Voisiku_vallavalitsus, lk 137
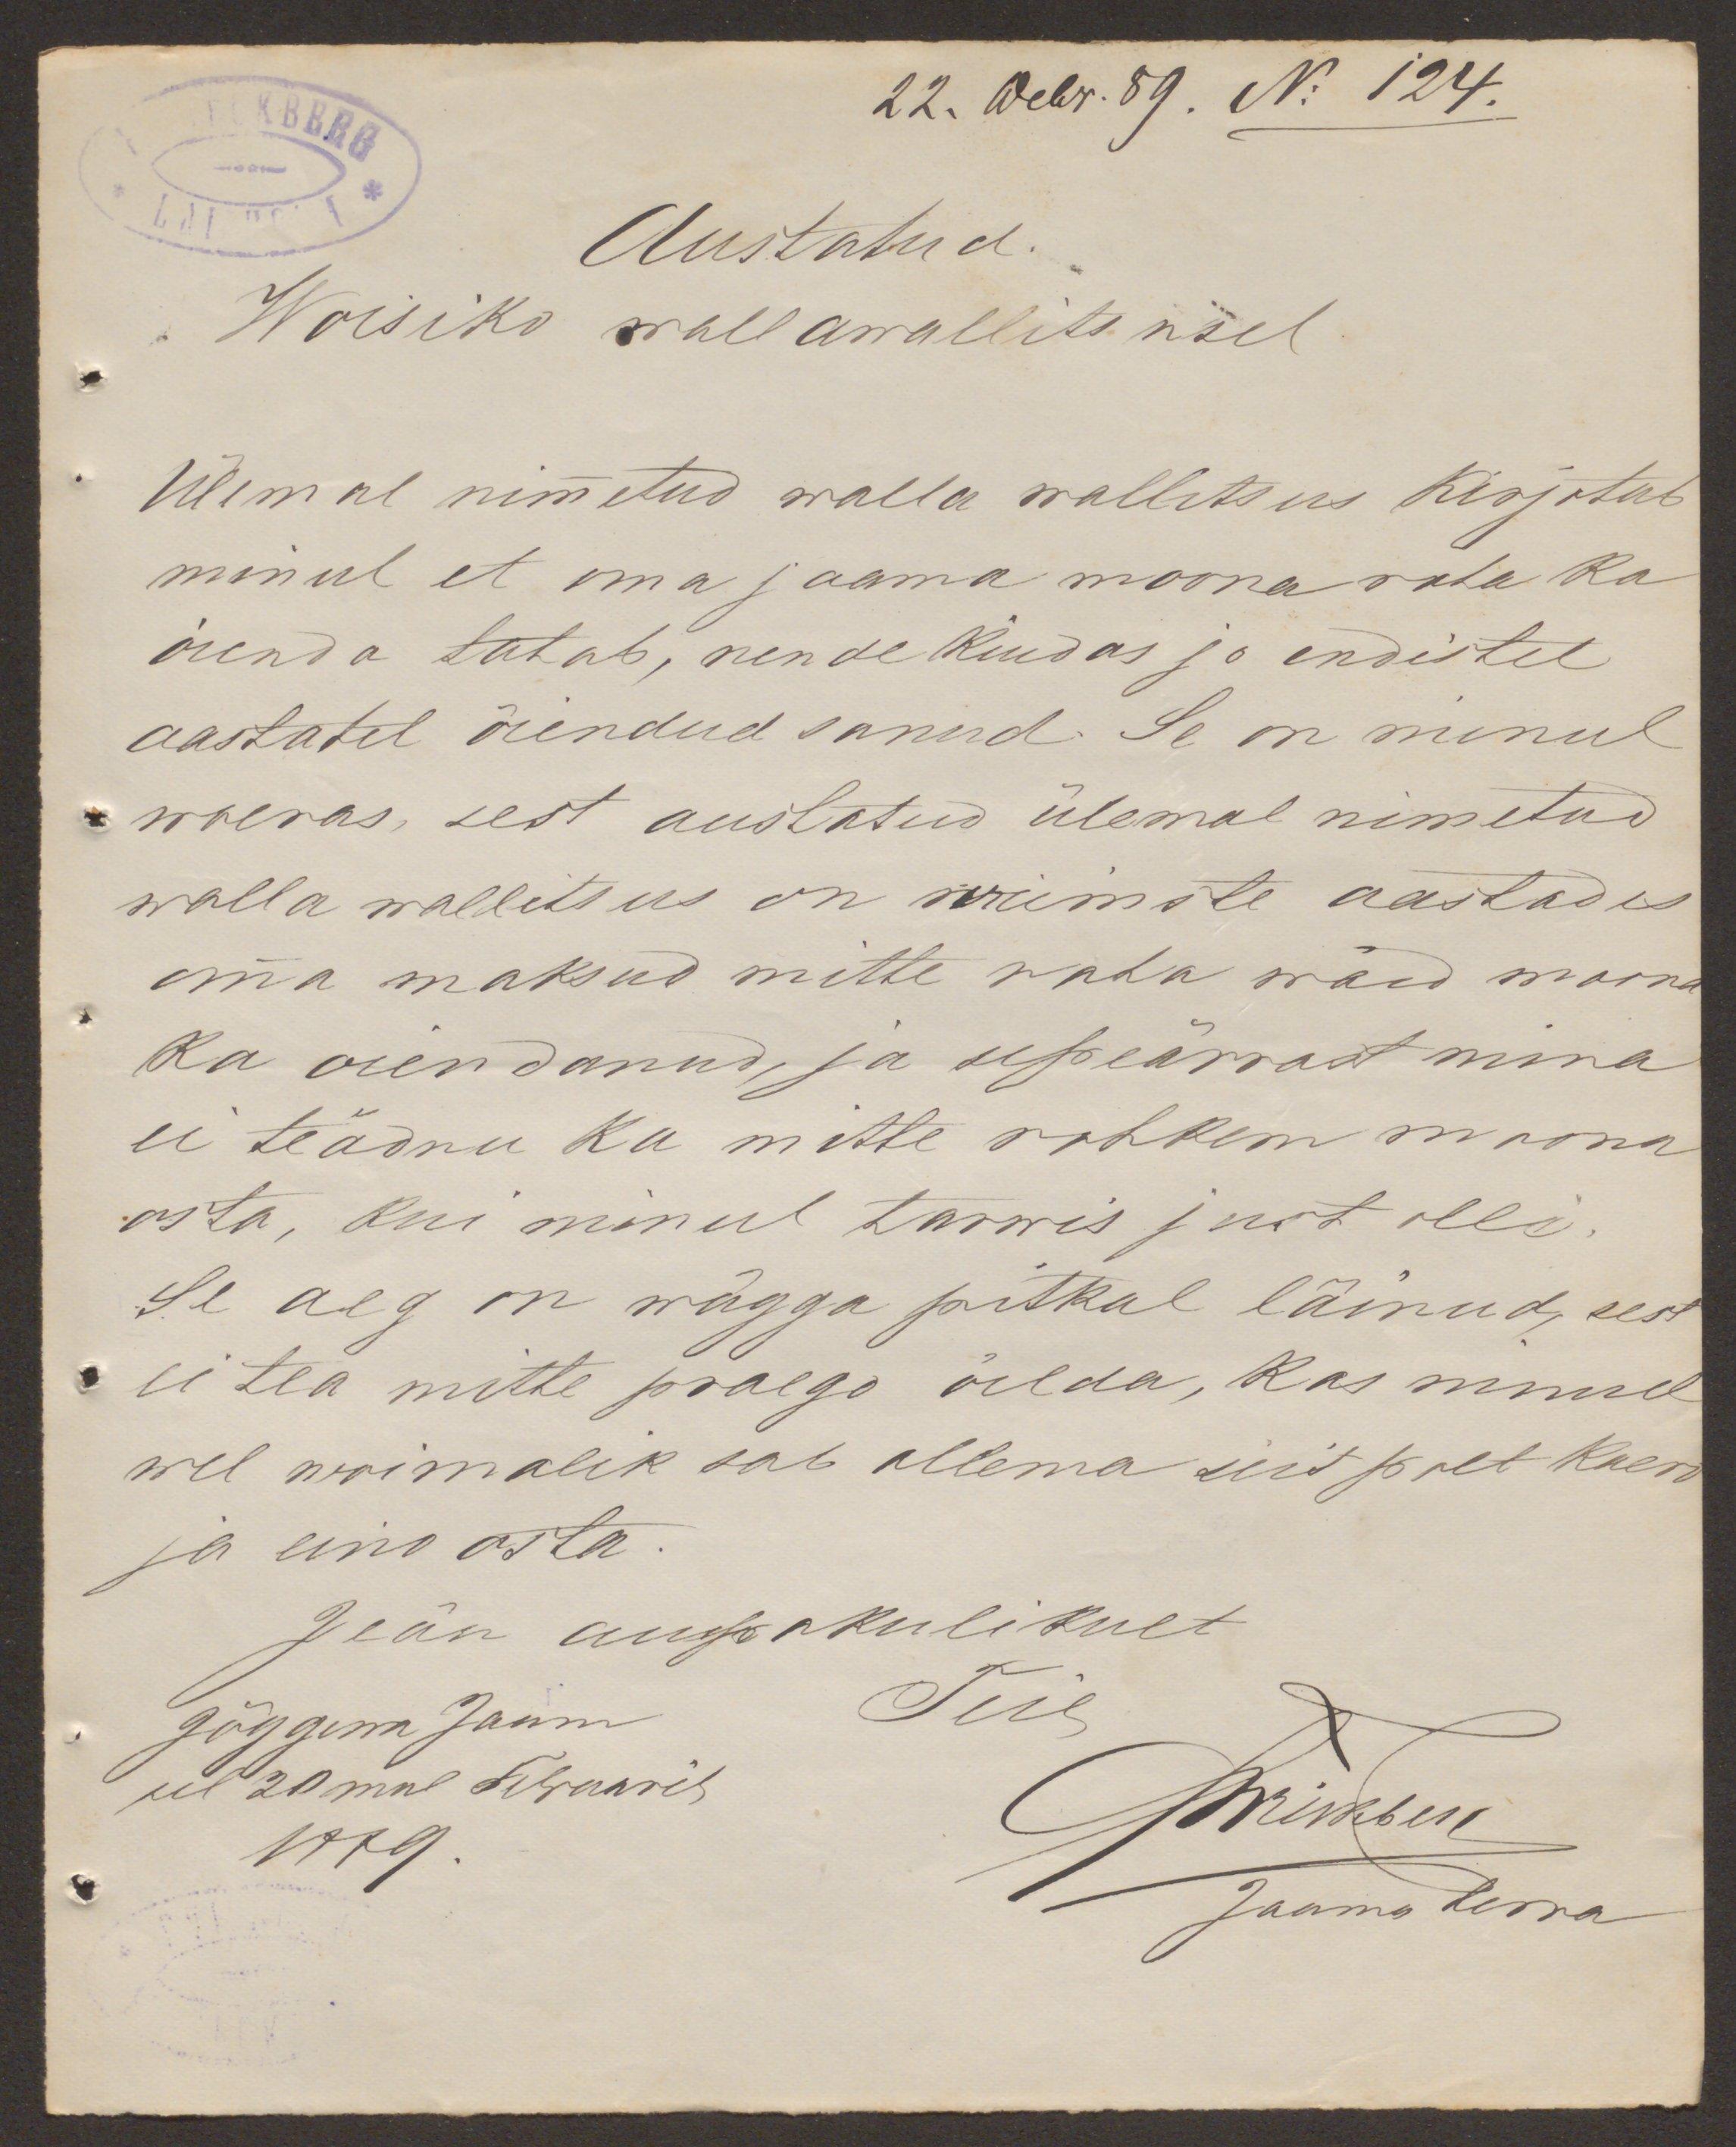
22. Webr. 89. No 124.
Austatud.
Woisiko wallawallitsusel
Ülemal nimetud walla wallitsus kirjutab
minul et oma jaama moona raha ka
õienda tahab, nende kuidas jo endistel
aastatel õiendud sanud. Se on minul
woeras, sest austatud ülemal nimetud
walla wallitsus on wiimste aastades
oma maksud mitte raha waid moona
ka oiendanud, ja sepeärrast mina
ei teädnu ka mitte rohkem moona
osta, kui minul tarwis just olli.
Se aeg on wägga pitkul läinud, sest
ei tea mitte praego öelda, kas minul
wel woimalik sab ollema siit polt kaero
ja niso osta.
Jeän auupakulikult
Jõggewa Jaam
Teie
sel 20mal Februaril
1889
Mrikson
Jaama herra